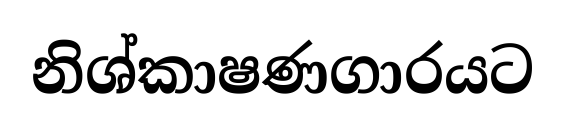
නිශ්කාෂණගාරයට